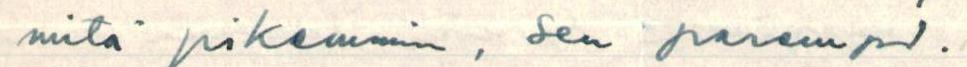
mitä pikemmin, sen parempi.